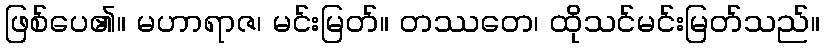
ဖြစ်ပေ၏။ မဟာရာဇ၊ မင်းမြတ်။ တဿတေ၊ ထိုသင်မင်းမြတ်သည်။